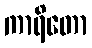
ကာရိတော